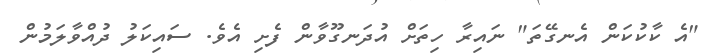
"އެ ކާކުކަން އެނގޭތަ" ނައިރާ ހިތަށް އުދަނގޫވާން ފެށި އެވެ. ސައިކަލު ދުއްވާލަމުން